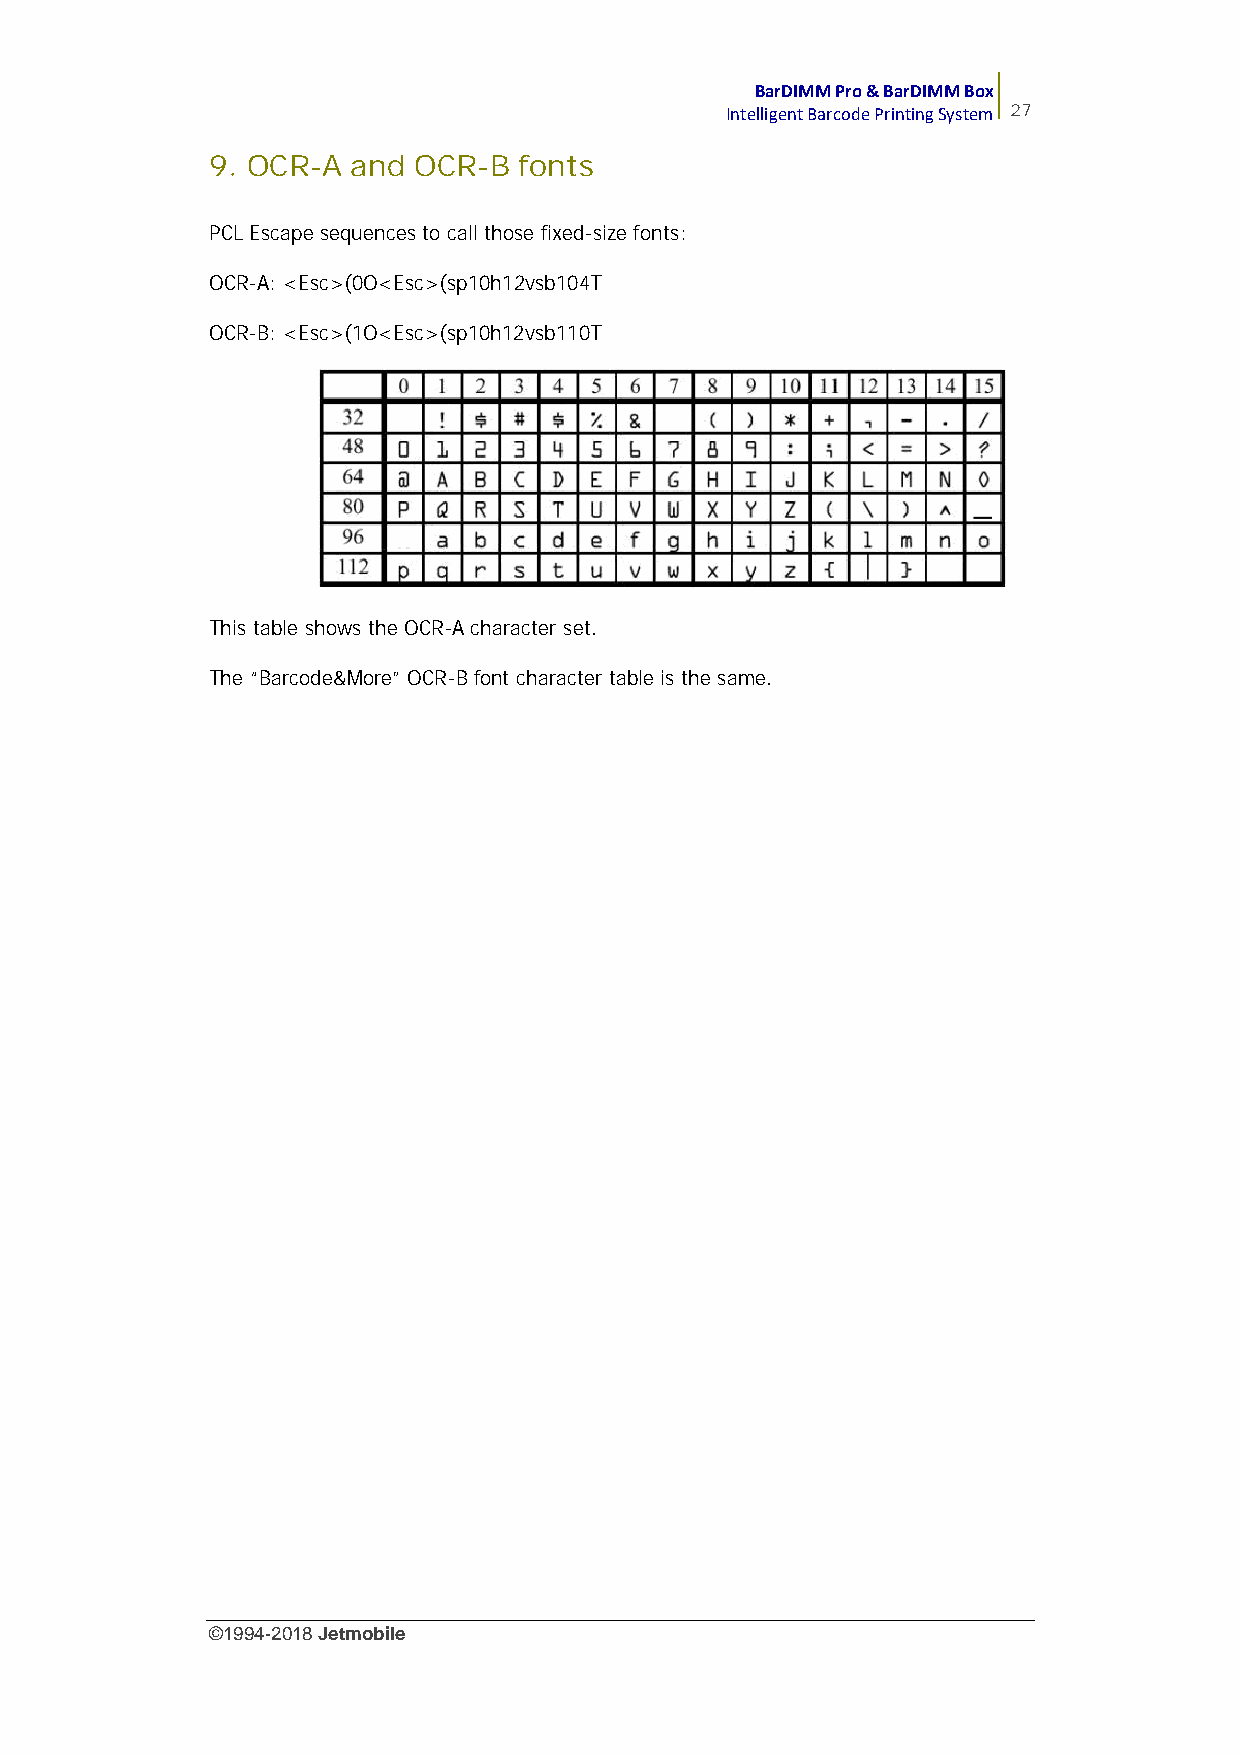
BarDIMM Pro & BarDIMM Box
 Intelligent Barcode Printing System 27
 9. OCR-A and OCR-B  fonts
 PCL Escape sequences to call those fixed-size fonts:
 OCR-A: <Esc>(0O<Esc>(sp10h12vsb104T
 OCR-B: <Esc>(1O<Esc>(sp10h12vsb110T
 This table shows the OCR-A character set.
 The “Barcode&More” OCR-B font character table is the same.
 ©1994-2018Jetmobile
 E
 r
 r
 o